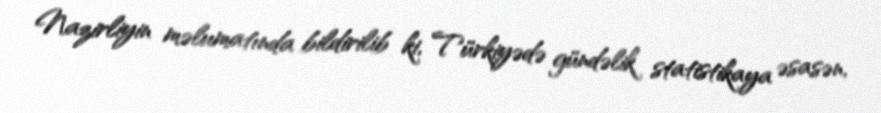
Nazirliyin məlumatında bildirilib ki, Türkiyədə gündəlik statistikaya əsasən,